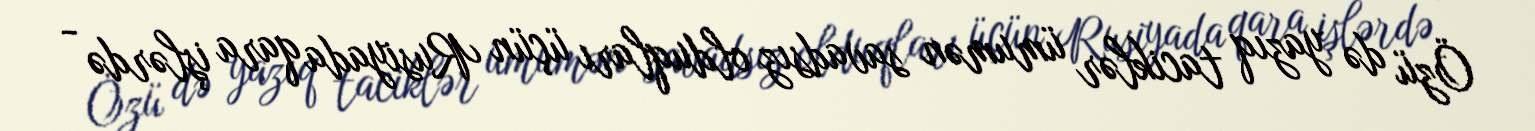
Özü də yazıq taciklər ümumən savadsız olduqları üçün Rusiyada qara işlərdə -